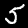
Digit: 5